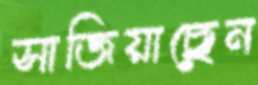
সাজিয়াছেন